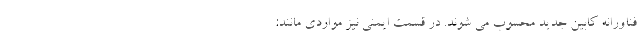
فناورانه کابین جدید محسوب می شوند. در قسمت ایمنی نیز مواردی مانند: